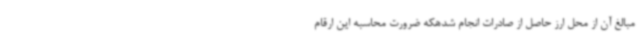
مبالغ آن از محل ارز حاصل از صادرات انجام شدهکه ضرورت محاسبه این ارقام